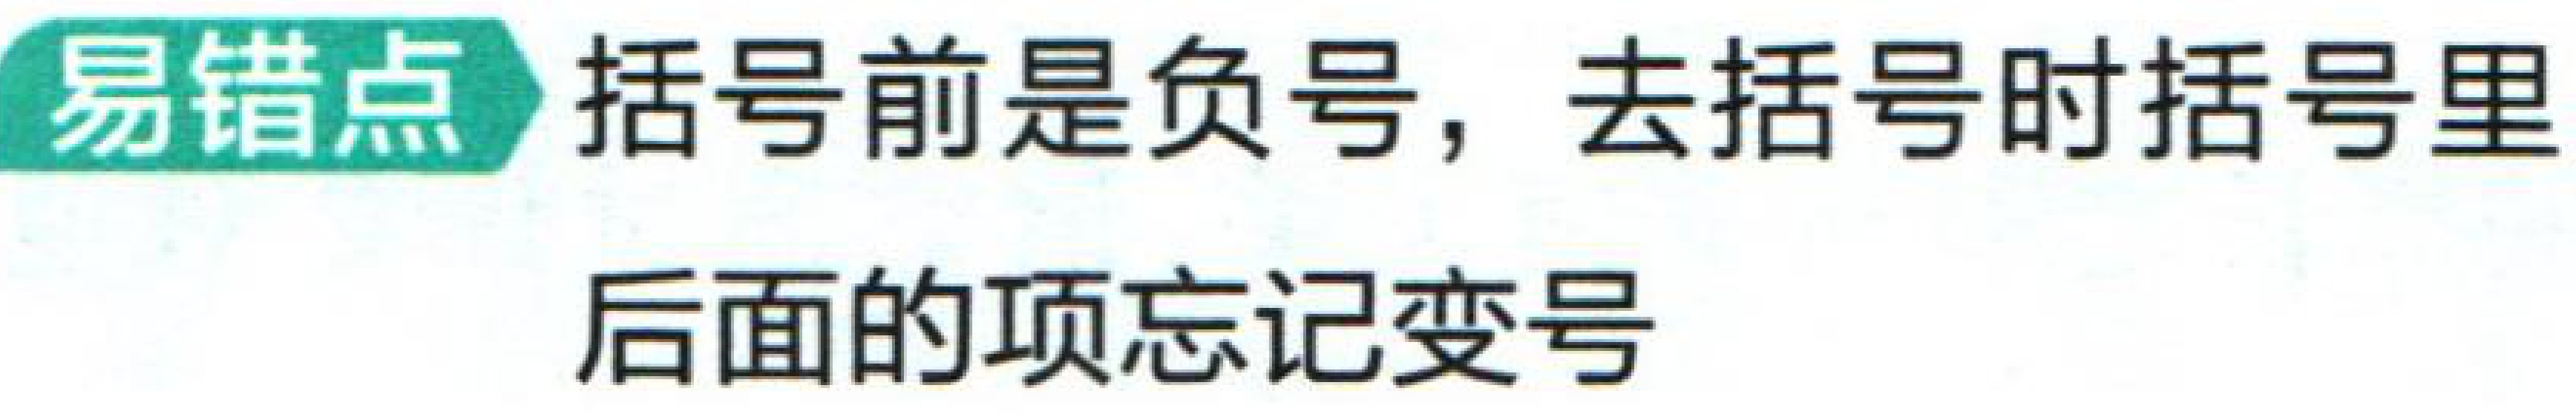
易错点 括号前是负号，去括号时括号里后面的项忘记变号